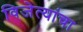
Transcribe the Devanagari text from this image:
विजेत्यांचा